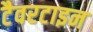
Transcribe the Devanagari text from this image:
टैवरटाइन